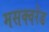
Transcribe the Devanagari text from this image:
मसक्वरेड